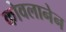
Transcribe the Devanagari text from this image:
कोवलानेन